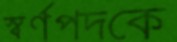
স্বর্ণপদকে